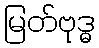
မြတ်ဗုဒ္ဓ